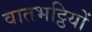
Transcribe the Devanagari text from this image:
वातभट्ठियों